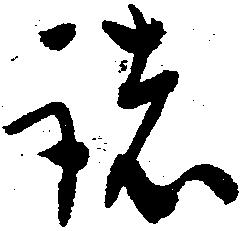
諸